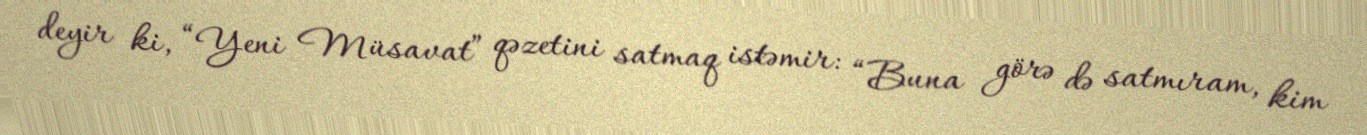
deyir ki, “Yeni Müsavat” qəzetini satmaq istəmir: “Buna görə də satmıram, kim